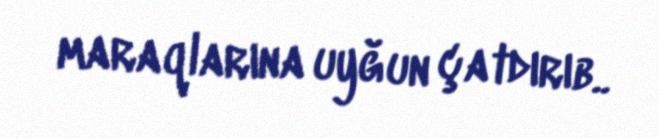
maraqlarına uyğun çatdırıb..